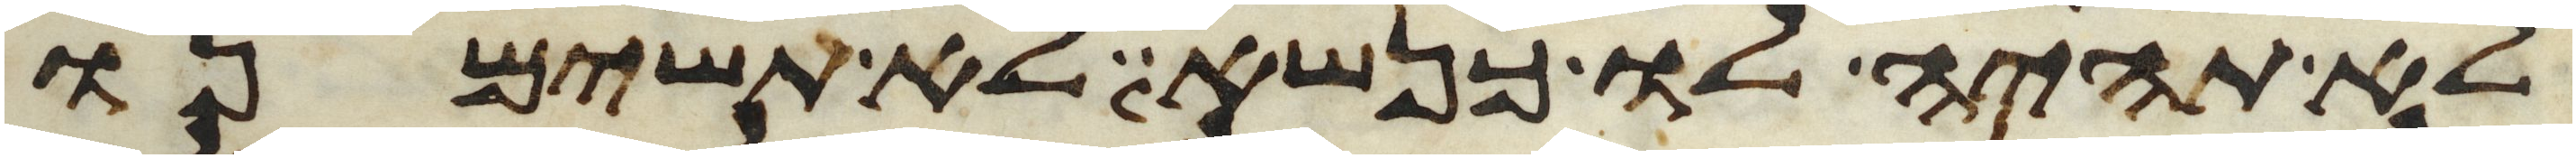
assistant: לא תהיה לו כנשא לא תשימנו